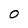
Character: O